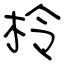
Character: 柃